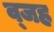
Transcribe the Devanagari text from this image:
व्जह